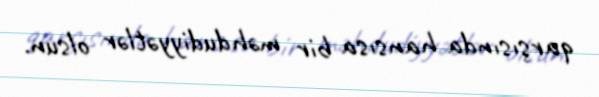
qarşısında hansısa bir məhdudiyyətlər olsun.